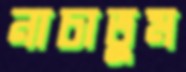
নাচাতুম